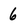
Character: 6